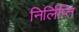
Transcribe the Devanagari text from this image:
निर्लिप्ति